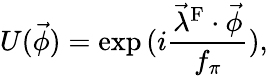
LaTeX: U(\vec{\phi})=\exp{(i\frac{\vec{\lambda}^{\mathrm{F}}\cdot\vec{\phi}}{f_{\pi}})},